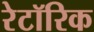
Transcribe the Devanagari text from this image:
रेटॉरिक